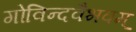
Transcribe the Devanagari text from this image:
गोविन्दवैभवम्